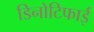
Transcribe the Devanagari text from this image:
डिनोटिफाई